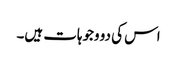
اس کی دو وجوہات ہیں۔